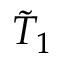
\tilde { T } _ { 1 }